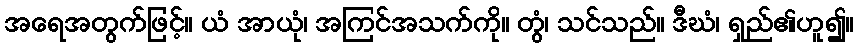
အရေအတွက်ဖြင့်။ ယံ အာယုံ၊ အကြင်အသက်ကို။ တွံ၊ သင်သည်။ ဒီဃံ၊ ရှည်၏ဟူ၍။